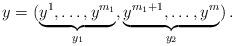
LaTeX: \begin{align*}y=(\underbrace{y^{1},\ldots,y^{m_{1}}}_{y_{1}},\underbrace{y^{m_{1}+1},\ldots,y^{m}}_{y_{2}})\,.\end{align*}